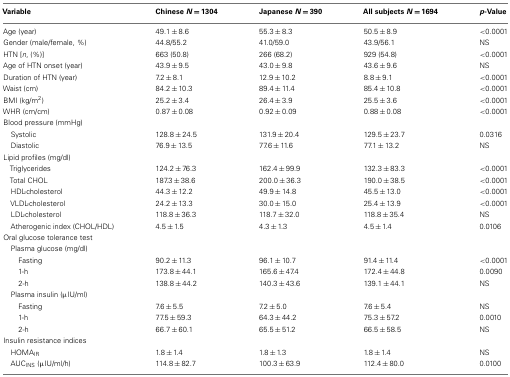
<table><thead><tr><td><b>Variable</b></td><td><b>Chinese <i>N</i> = 1304</b></td><td><b>Japanese <i>N</i> = 390</b></td><td><b>All subjects <i>N</i> = 1694</b></td><td><b><i>p</i>-Value</b></td></tr></thead><tbody><tr><td>Age (year)</td><td>49.1 ± 8.6</td><td>55.3 ± 8.3</td><td>50.5 ± 8.9</td><td>&lt;0.0001</td></tr><tr><td>Gender (male/female, %)</td><td>44.8/55.2</td><td>41.0/59.0</td><td>43.9/56.1</td><td>NS</td></tr><tr><td>HTN [<i>n</i>, (%)]</td><td>663 (50.8)</td><td>266 (68.2)</td><td>929 (54.8)</td><td>&lt;0.0001</td></tr><tr><td>Age of HTN onset (year)</td><td>43.9 ± 9.5</td><td>43.0 ± 9.8</td><td>43.6 ± 9.6</td><td>NS</td></tr><tr><td>Duration of HTN (year)</td><td>7.2 ± 8.1</td><td>12.9 ± 10.2</td><td>8.8 ± 9.1</td><td>&lt;0.0001</td></tr><tr><td>Waist (cm)</td><td>84.2 ± 10.3</td><td>89.4 ± 11.4</td><td>85.4 ± 10.8</td><td>&lt;0.0001</td></tr><tr><td>BMI (kg/m<sup>2</sup>)</td><td>25.2 ± 3.4</td><td>26.4 ± 3.9</td><td>25.5 ± 3.6</td><td>&lt;0.0001</td></tr><tr><td>WHR (cm/cm)</td><td>0.87 ± 0.08</td><td>0.92 ± 0.09</td><td>0.88 ± 0.08</td><td>&lt;0.0001</td></tr><tr><td>Blood pressure (mmHg)</td></tr><tr><td> Systolic</td><td>128.8 ± 24.5</td><td>131.9 ± 20.4</td><td>129.5 ± 23.7</td><td>0.0316</td></tr><tr><td> Diastolic</td><td>76.9 ± 13.5</td><td>77.6 ± 11.6</td><td>77.1 ± 13.2</td><td>NS</td></tr><tr><td>Lipid profiles (mg/dl)</td></tr><tr><td> Triglycerides</td><td>124.2 ± 76.3</td><td>162.4 ± 99.9</td><td>132.3 ± 83.3</td><td>&lt;0.0001</td></tr><tr><td> Total CHOL</td><td>187.3 ± 38.6</td><td>200.0 ± 36.3</td><td>190.0 ± 38.5</td><td>&lt;0.0001</td></tr><tr><td> HDL-cholesterol</td><td>44.3 ± 12.2</td><td>49.9 ± 14.8</td><td>45.5 ± 13.0</td><td>&lt;0.0001</td></tr><tr><td> VLDL-cholesterol</td><td>24.2 ± 13.3</td><td>30.0 ± 15.0</td><td>25.4 ± 13.9</td><td>&lt;0.0001</td></tr><tr><td> LDL-cholesterol</td><td>118.8 ± 36.3</td><td>118.7 ± 32.0</td><td>118.8 ± 35.4</td><td>NS</td></tr><tr><td> Atherogenic index (CHOL/HDL)</td><td>4.5 ± 1.5</td><td>4.3 ± 1.3</td><td>4.5 ± 1.4</td><td>0.0106</td></tr><tr><td>Oral glucose tolerance test</td></tr><tr><td> Plasma glucose (mg/dl)</td></tr><tr><td>Fasting</td><td>90.2 ± 11.3</td><td>96.1 ± 10.7</td><td>91.4 ± 11.4</td><td>&lt;0.0001</td></tr><tr><td>1-h</td><td>173.8 ± 44.1</td><td>165.6 ± 47.4</td><td>172.4 ± 44.8</td><td>0.0090</td></tr><tr><td>2-h</td><td>138.8 ± 44.2</td><td>140.3 ± 43.6</td><td>139.1 ± 44.1</td><td>NS</td></tr><tr><td> Plasma insulin (μIU/ml)</td></tr><tr><td>Fasting</td><td>7.6 ± 5.5</td><td>7.2 ± 5.0</td><td>7.6 ± 5.4</td><td>NS</td></tr><tr><td>1-h</td><td>77.5 ± 59.3</td><td>64.3 ± 44.2</td><td>75.3 ± 57.2</td><td>0.0010</td></tr><tr><td>2-h</td><td>66.7 ± 60.1</td><td>65.5 ± 51.2</td><td>66.5 ± 58.5</td><td>NS</td></tr><tr><td>Insulin resistance indices</td></tr><tr><td> HOMA<sub>IR</sub></td><td>1.8 ± 1.4</td><td>1.8 ± 1.3</td><td>1.8 ± 1.4</td><td>NS</td></tr><tr><td> AUC<sub>INS</sub> (μIU/ml/h)</td><td>114.8 ± 82.7</td><td>100.3 ± 63.9</td><td>112.4 ± 80.0</td><td>0.0100</td></tr></tbody></table>